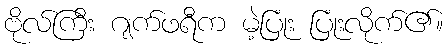
ဗိုလ်ကြီး ဂျက်ဖရီက မဲ့ပြုံး ပြုံးလိုက်၏။